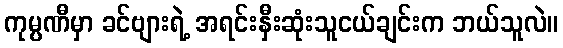
ကုမ္ပဏီမှာ ခင်ဗျားရဲ့ အရင်းနှီးဆုံးသူငယ်ချင်းက ဘယ်သူလဲ။